Lunatic asylums in Bengal annual reports 1899-1911 - 1899-1911
Year: 1899
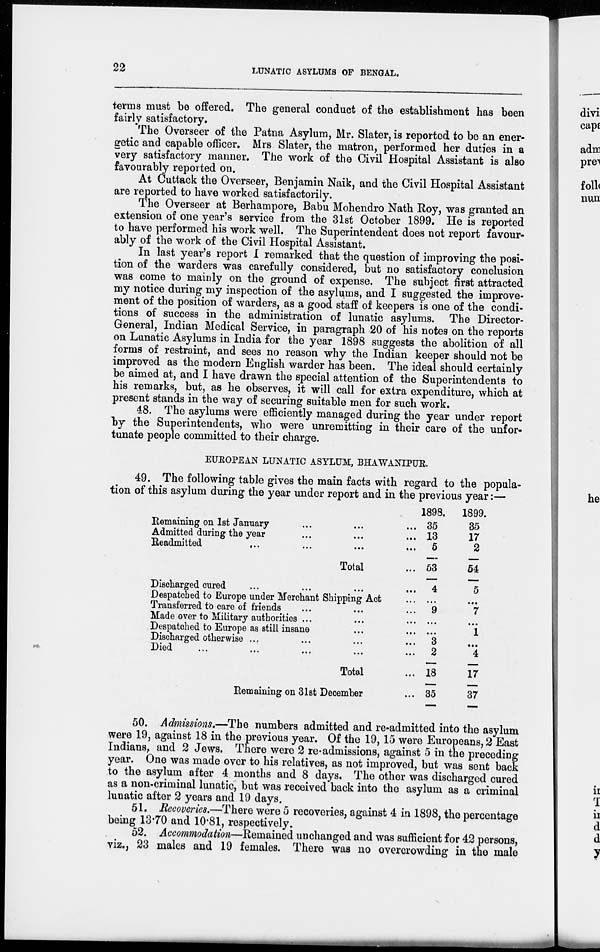
22
LUNATIC ASYLUMS OF BENGAL.
terms must be offered. The general conduct of the establishment has been
fairly satisfactory.
The Overseer of the Patna Asylum, Mr. Slater, is reported to be an ener-
getic and capable officer. Mrs Slater, the matron, performed her duties in a
very satisfactory manner. The work of the Civil Hospital Assistant is also
favourably reported on.
At Cuttack the Overseer, Benjamin Naik, and the Civil Hospital Assistant
are reported to have worked satisfactorily.
The Overseer at Berhampore, Babu Mohendro Nath Roy, was granted an
extension of one year's service from the 31st October 1899. He is reported
to have performed his work well. The Superintendent does not report favour-
ably of the work of the Civil Hospital Assistant.
In last year's report I remarked that the question of improving the posi-
tion of the warders was carefully considered, but no satisfactory conclusion
was come to mainly on the ground of expense. The subject first attracted
my notice during my inspection of the asylums, and I suggested the improve-
ment of the position of warders, as a good staff of keepers is one of the condi-
tions of success in the administration of lunatic asylums. The Director-
General, Indian Medical Service, in paragraph 20 of his notes on the reports
on Lunatic Asylums in India for the year 1898 suggests the abolition of all
forms of restraint, and sees no reason why the Indian keeper should not be
improved as the modern English warder has been. The ideal should certainly
be aimed at, and I have drawn the special attention of the Superintendents to
his remarks, but, as he observes, it will call for extra expenditure, which at
present stands in the way of securing suitable men for such work.
48. The asylums were efficiently managed during the year under report
by the Superintendents, who were unremitting in their care of the unfor-
tunate people committed to their charge.
EUROPEAN LUNATIC ASYLUM, BHAWANIPUR.
49. The following table gives the main facts with regard to the popula-
tion of this asylum during the year under report and in the previous year:—
Remaining on 1st January ... ... ...
Admitted during the year ... ... ...
Readmitted
... ... ... ...
Total ...
Discharged cured ... ... ... ...
Despatched to Europe under Merchant Shipping Act ...
Transferred to care of friends ... ... ...
Made over to Military authorities ... ... ...
Despatched to Europe as still insane ... ...
Discharged otherwise ... ... ... ...
Died
...
...
...
...
Total ...
Remaining on 31st December ...
1898.
35
13
5
53
4
...
9
...
...
3
2
18
35
1899.
35
17
2
54
5
...
7
...
1
...
4
17
37
50. Admissions.—The numbers admitted and re-admitted into the asylum
were 19, against 18 in the previous year. Of the 19, 15 were Europeans, 2 East
Indians, and 2 Jews. There were 2 re-admissions, against 5 in the preceding
year. One was made over to his relatives, as not improved, but was sent back
to the asylum after 4 months and 8 days. The other was discharged cured
as a non-criminal lunatic, but was received back into the asylum as a criminal
lunatic after 2 years and 19 days.
51. Recoveries.—There were 5 recoveries, against 4 in 1898, the percentage
being 13.70 and 10.81, respectively.
52. Accommodation—Remained unchanged and was sufficient for 42 persons,
viz., 23 males and 19 females. There was no overcrowding in the male